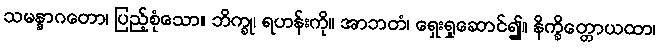
သမန္နာဂတော၊ ပြည့်စုံသော။ ဘိက္ခု၊ ရဟန်းကို။ အာဘတံ၊ ရှေးရှုဆောင်၍။ နိက္ခိတ္တောယထာ၊